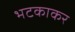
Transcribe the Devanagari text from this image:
भटकाकर